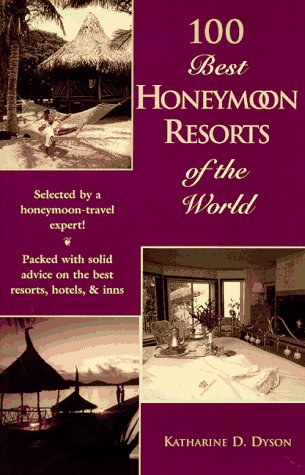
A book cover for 100 Best Honeymoon Resorts of the World (The 100 Best Resorts Series); Katharine D. Dyson; Crafts, Hobbies & Home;